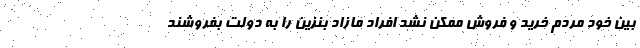
بین خود مردم خرید و فروش ممکن نشد افراد مازاد بنزین را به دولت بفروشند